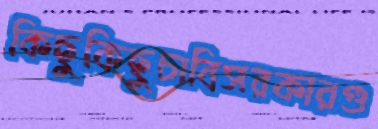
কিছুকিছুচাবিসরকারগু